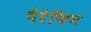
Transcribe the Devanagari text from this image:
पैरेफिन